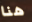
هنا